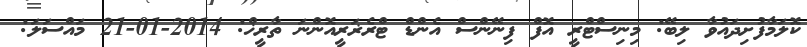
ކޮލަމާފުށިދައުވާ ލިބޭ: މިނިސްޓްރީ އޮފް ފިނޭންސް އެންޑް ޓްރެޜަރީއޮންނަ ތާރީޚް: 2014-01-21 މައްސަލަ: